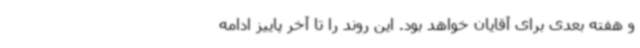
و هفته بعدی برای آقایان خواهد بود. این روند را تا آخر پاییز ادامه